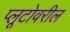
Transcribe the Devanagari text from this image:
प्लूटोवरील